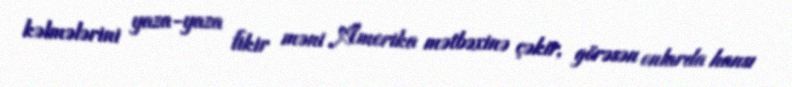
kəlmələrini yaza-yaza fikir məni Amerika mətbəxinə çəkir, görəsən onlarda hansı